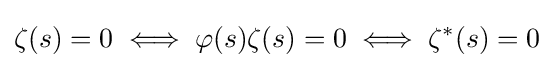
\zeta (s)=0\iff \varphi (s)\zeta (s)=0\iff \zeta ^{*}(s)=0